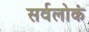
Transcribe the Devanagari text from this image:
सर्वलोकं